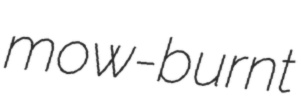
mow-burnt